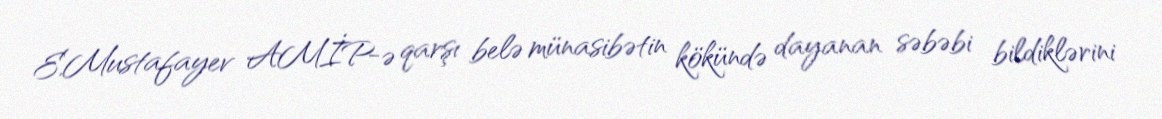
E.Mustafayev AMİP-ə qarşı belə münasibətin kökündə dayanan səbəbi bildiklərini